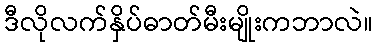
ဒီလိုလက်နှိပ်ဓာတ်မီးမျိုးကဘာလဲ။